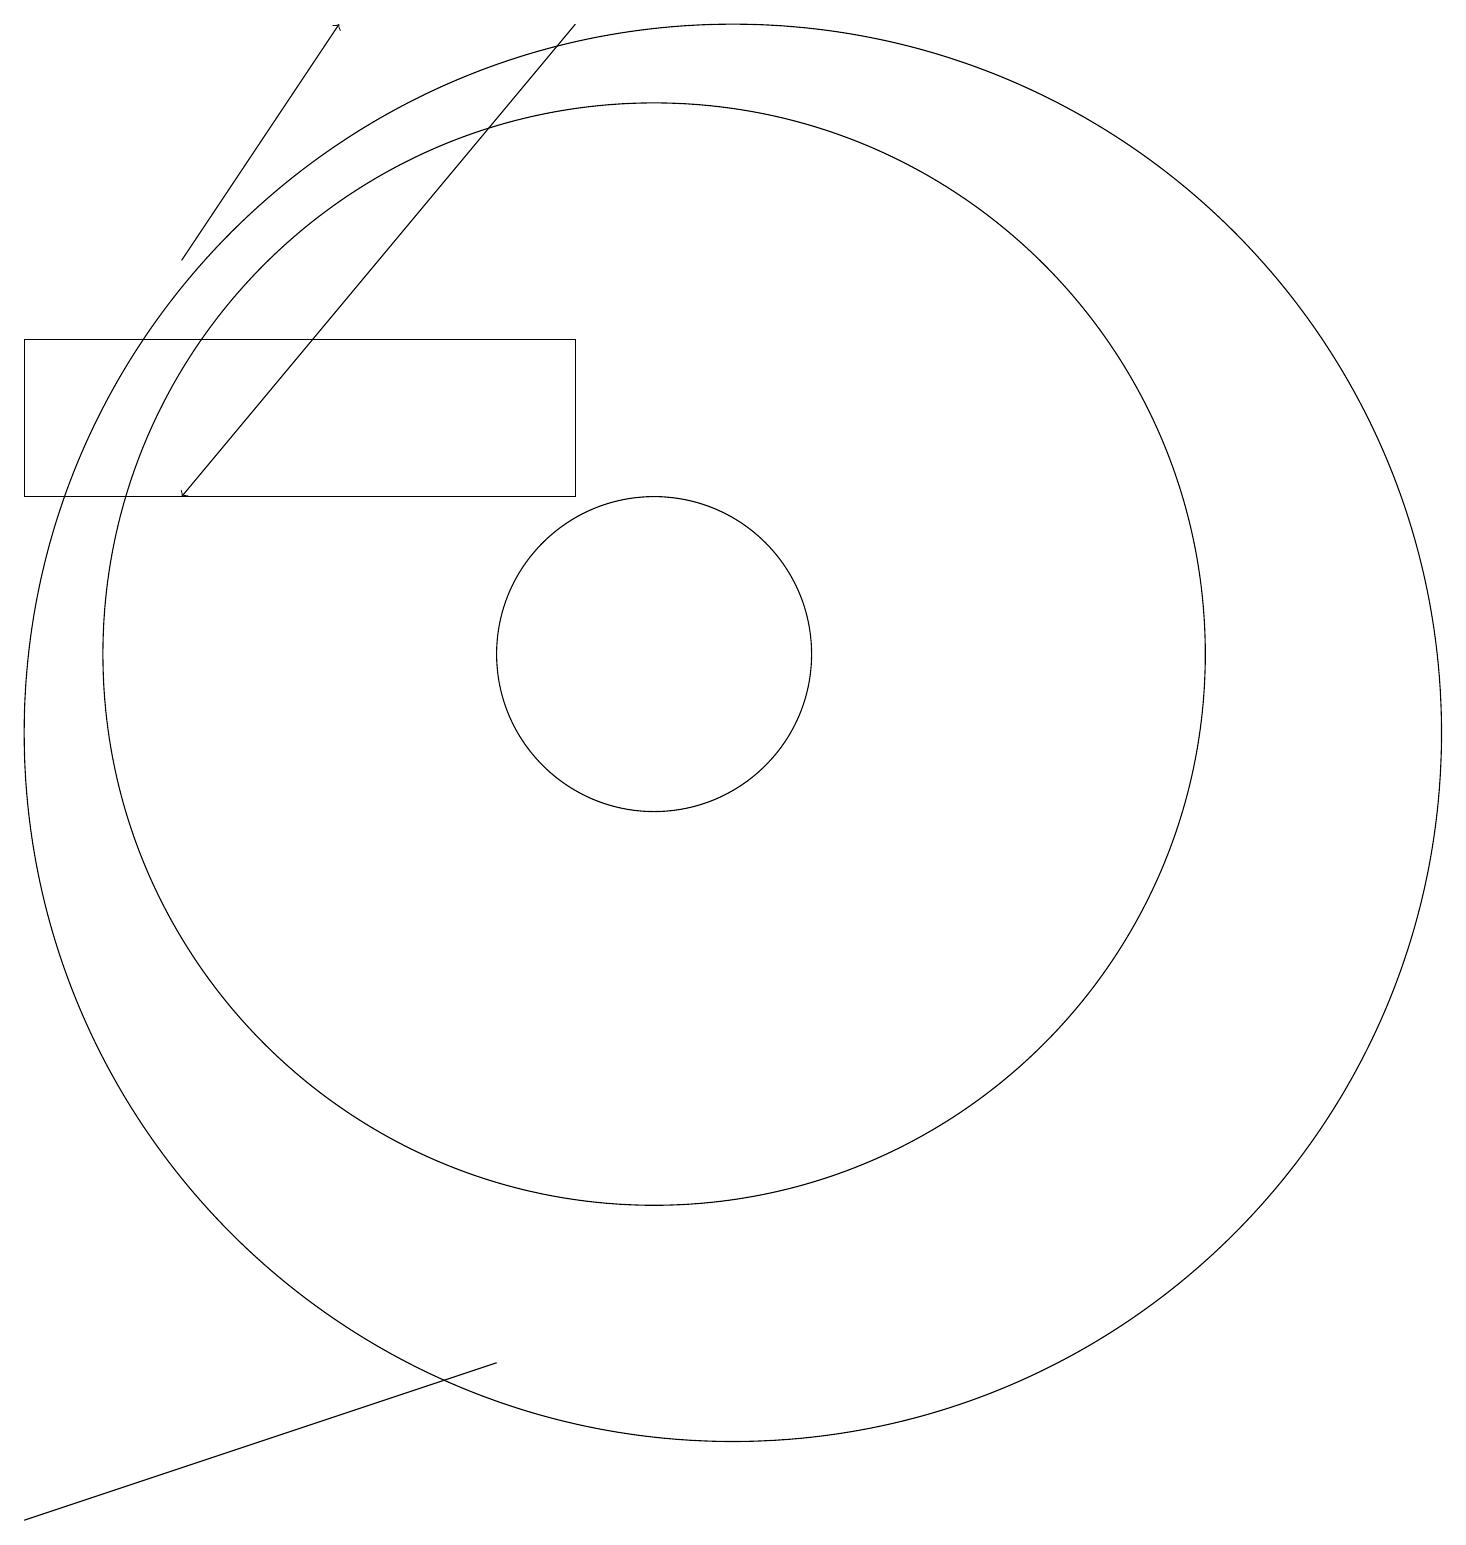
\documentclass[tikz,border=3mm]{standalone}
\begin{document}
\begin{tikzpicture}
\draw[->] (9,19) -- (4,13);
\draw (9,15) rectangle (2,13);
\draw (8,2) -- (2,0) -- (8,2) -- cycle;
\draw (11,10) circle (9);
\draw (10,11) circle (7);
\draw[->] (4,16) -- (6,19);
\draw (10,11) circle (2);
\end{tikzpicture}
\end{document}